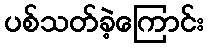
ပစ်သတ်ခဲ့ကြောင်း